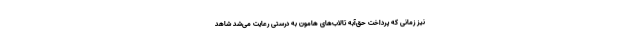
نیز زمانی که ‌پرداخت حق‌آبه تالاب‌های هامون به درستی رعایت می‌شد شاهد